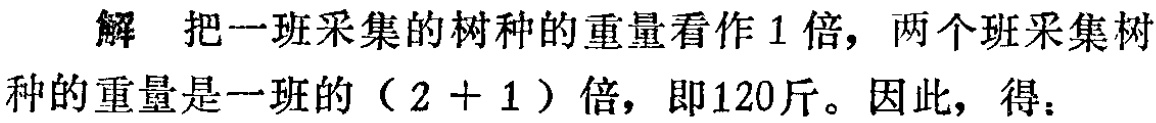
解 把一班采集的树种的重量看作1倍，两个班采集树种的重量是一班的（$2 + 1$）倍，即120斤。因此，得：